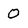
Character: 0